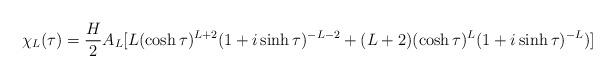
LaTeX: \begin{align*}\chi_L(\tau)=\frac{H}{2}A_L[L (\cosh \tau)^{L+2}(1+i\sinh \tau)^{-L-2}+(L+2) (\cosh \tau)^{L}(1+i\sinh \tau)^{-L})]\end{align*}